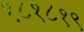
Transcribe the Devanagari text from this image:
१८१८१९